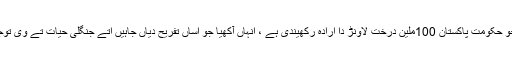
وفاقی وزیر آکھے جو حکومت پاکستان 100ملین درخت لاونڑ دا ارادہ رکھیندی ہے ، انہاں آکھیا جو اساں تفریح دیاں جاہیں اتے جنگلی حیات تے وی توجہ ڈیندے پئے ہئیں ۔